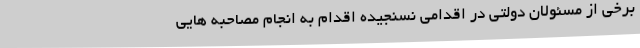
برخی از مسئولان دولتی در اقدامی نسنجیده اقدام به انجام مصاحبه هایی